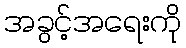
အခွင့်အရေးကို